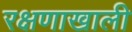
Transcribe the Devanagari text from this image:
रक्षणाखाली